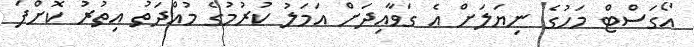
އޯގަސްޓް މަހުގެ ނިޔަލަށް އެ ގަވާއިދަށް އަމަލު ކުރުމުގެ މުއްދަތު އިތުރު ކޮށްފަ